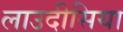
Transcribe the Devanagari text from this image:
लाउदीसिया